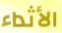
الأثداء